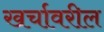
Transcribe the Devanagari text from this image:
खर्चावरील